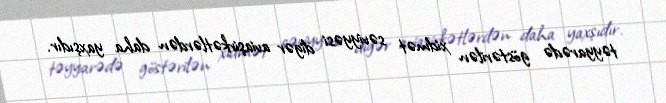
təyyarədə göstərilən xidmət səviyyəsi digər aviaşirkətlərdən daha yaxşıdır.